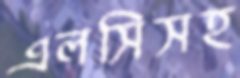
এলসিসহ